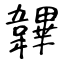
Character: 韠